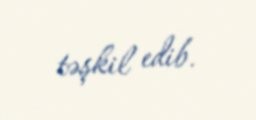
təşkil edib.